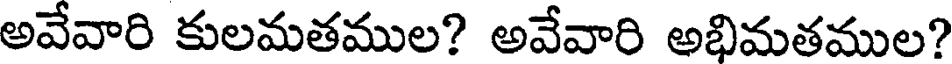
అవేవారి కులమతముల? అవేవారి అభిమతముల?